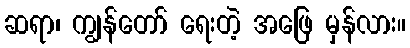
ဆရာ၊ ကျွန်တော် ရေးတဲ့ အဖြေ မှန်လား။